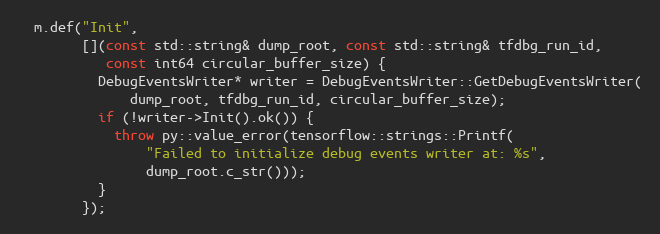
Language: C++
  m.def("Init",
        [](const std::string& dump_root, const std::string& tfdbg_run_id,
           const int64 circular_buffer_size) {
          DebugEventsWriter* writer = DebugEventsWriter::GetDebugEventsWriter(
              dump_root, tfdbg_run_id, circular_buffer_size);
          if (!writer->Init().ok()) {
            throw py::value_error(tensorflow::strings::Printf(
                "Failed to initialize debug events writer at: %s",
                dump_root.c_str()));
          }
        });